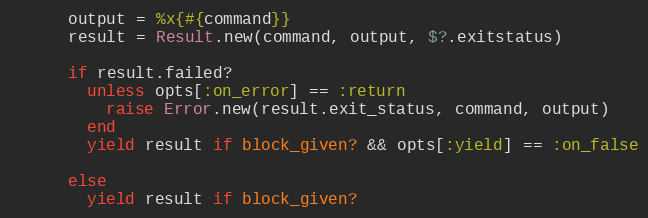
Language: Ruby
      output = %x{#{command}}
      result = Result.new(command, output, $?.exitstatus)

      if result.failed?
        unless opts[:on_error] == :return
          raise Error.new(result.exit_status, command, output)
        end
        yield result if block_given? && opts[:yield] == :on_false

      else
        yield result if block_given?